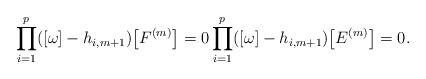
LaTeX: \begin{gather*}\prod\limits_{i=1}^{p} ([\omega]-h_{i,m+1})\big[F^{(m)}\big]=0 \prod\limits_{i=1}^{p} ([\omega]-h_{i,m+1})\big[E^{(m)}\big]=0.\end{gather*}